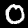
Digit: 0